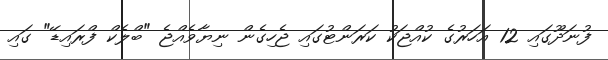
ފުނަދޫގައި 12 އަހަރުގެ ކުއްޖަކު ކަރަންޓުގައި ޖެހިގެން ނިޔާވެއްޖެ "ބްލެކް ފްރައިޑޭ" ގައި